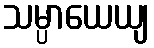
သမ္ပာယေယျ